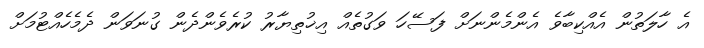
އެ ހާލަތުން އެއްކިބާވެ އެންމެންނަށް ފަސޭހަ ވަގުތެއް އިޚުތިޔާރު ކުރެވެންދެން ގުނަވަން ދެމެހެއްޓުމަށް